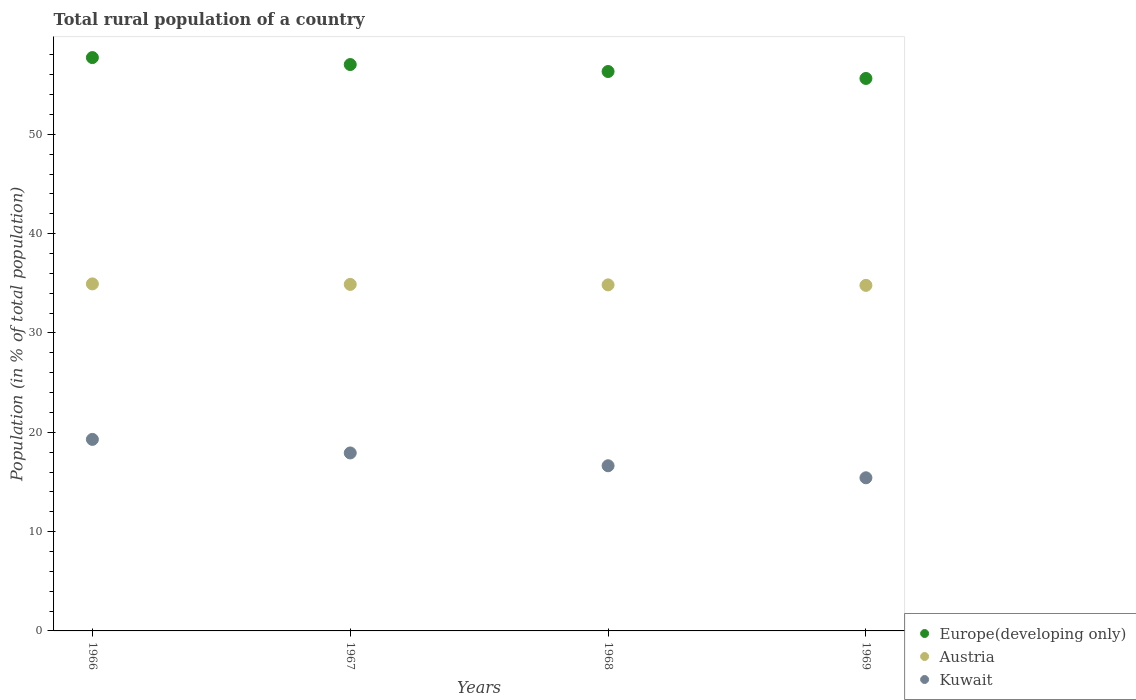
| Years | Europe(developing only) | Austria | Kuwait |
 | --- | --- | --- | --- |
 | 1966 | 57.7 | 34.9 | 19.3 |
 | 1967 | 57 | 34.9 | 17.9 |
 | 1968 | 56.3 | 34.8 | 16.6 |
 | 1969 | 55.6 | 34.8 | 15.4 |